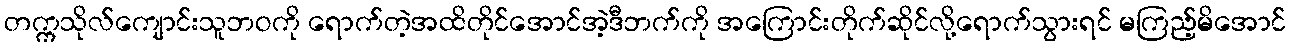
တက္ကသိုလ်ကျောင်းသူဘဝကို ရောက်တဲ့အထိတိုင်အောင်အဲ့ဒီဘက်ကို အကြောင်းတိုက်ဆိုင်လို့ရောက်သွားရင် မကြည့်မိအောင်